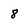
Character: 8